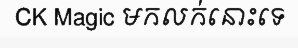
CK Magic មកលក់នោះទេ